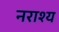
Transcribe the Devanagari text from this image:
नराश्य